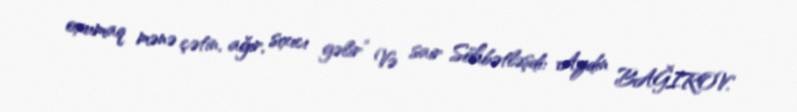
oxumaq mənə çətin, ağır, sıxıcı gəlir” Və sair Söhbətləşdi: Aydın BAĞIROV.